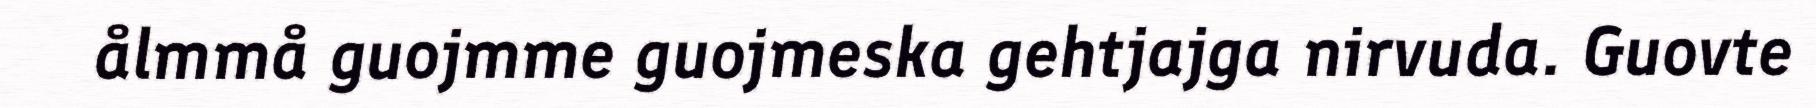
ålmmå guojmme guojmeska gehtjajga nirvuda. Guovte